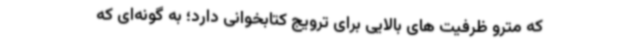
که مترو ظرفیت های بالایی برای ترویج کتابخوانی دارد؛ به گونه‌ای که